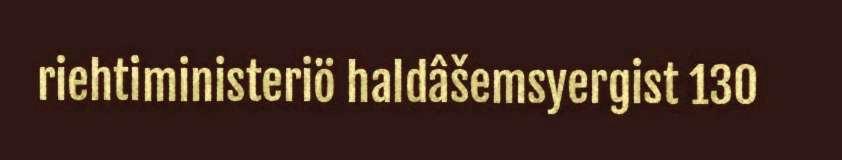
riehtiministeriö haldâšemsyergist 130